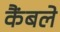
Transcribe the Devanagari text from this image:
कैंबले